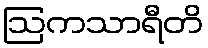
ဩကသာရီတိ